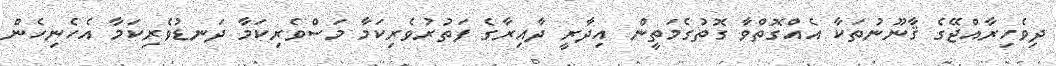
ދިވެހިރާއްޖޭގެ ޤާނޫނުތަކާ އެއްގޮތްވާ ގޮތުގެމަތީން އިދާރީ ދާއިރާގެ ފަތުރުވެރިކަމާ މަސްވެރިކަމާ ދަނޑުވެރިކަމާ އެހެނިހެން